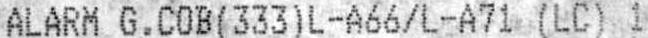
ALARM G.COB(333)L-A66/L-A71 (LC) 1